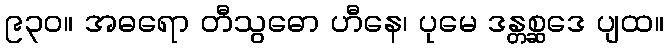
၉၃၀။ အဓရော တီသွဓော ဟီနေ၊ ပုမေ ဒန္တစ္ဆဒေ ပျထ။